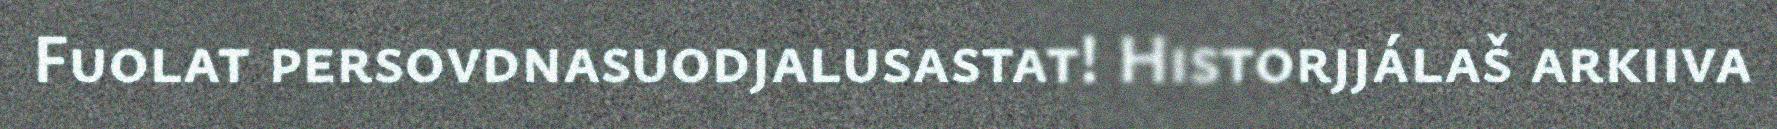
Fuolat persovdnasuodjalusastat! Historjjálaš arkiiva